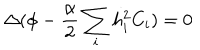
\Delta ( \phi - \frac { \alpha } { 2 } \sum _ { i } h _ { i } ^ { 2 } C _ { i } ) = 0